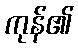
ကုန်၏